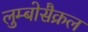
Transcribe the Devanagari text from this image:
लुम्बोसैक्रल